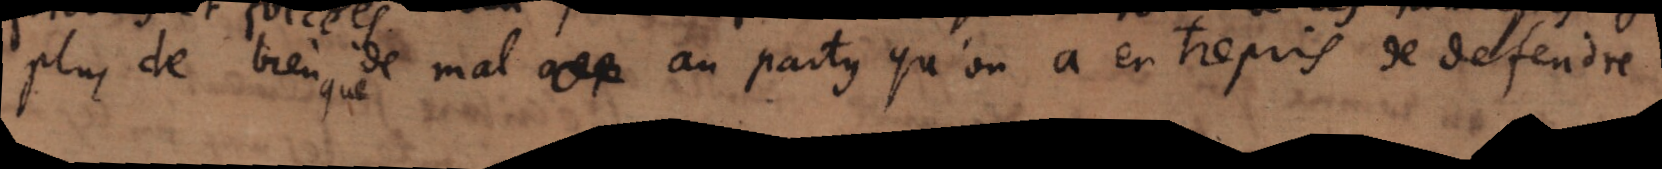
plus de bien que de mal au au party qu’on a entrepris de defendre